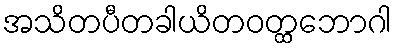
အသိတပီတခါယိတဝတ္ထဘောဂါ